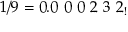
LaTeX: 1 / 9 = 0 . 0 \ 0 \ 0 \ 2 \ 3 \ 2 _ { ! }